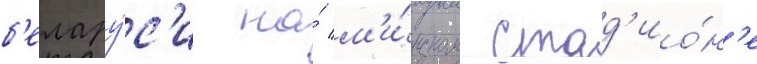
б'елару́с'и на́ м'и́нском стад'ио́н'е